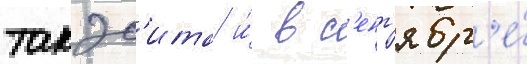
такэс'ита и́ в с'ент'ябр'е́